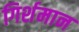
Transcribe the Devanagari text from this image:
गिर्शमान